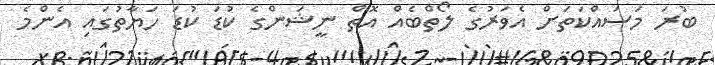
ބުރަ މަސައްކަތަށް އެވަރުގެ ލޯތްބެއް އޮތް ނީޝަންގެ ކުޑަ ކުޑަ ހަޔާތުގައި އެންމެ